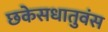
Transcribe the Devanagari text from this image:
छकेसधातुवंस